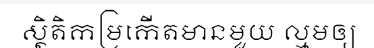
ស្ថិតិកម្រកើតមានមួយ ល្មមឲ្យ